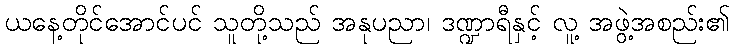
ယနေ့တိုင်အောင်ပင် သူတို့သည် အနုပညာ၊ ဒဏ္ဍာရီနှင့် လူ့ အဖွဲ့အစည်း၏